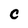
Character: C